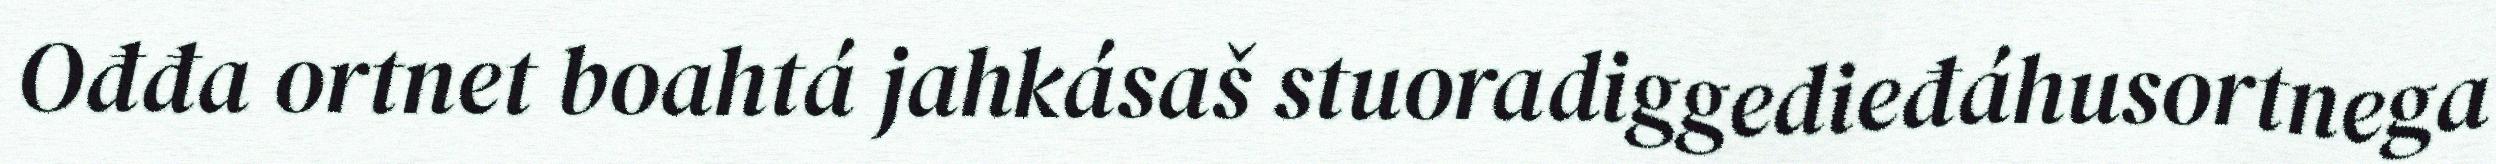
Ođđa ortnet boahtá jahkásaš stuoradiggedieđáhusortnega